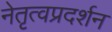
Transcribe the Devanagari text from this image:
नेतृत्वप्रदर्शन